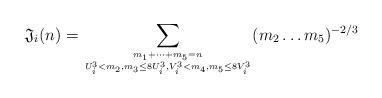
LaTeX: \begin{align*}\mathfrak{J}_{i}(n)=\sum\limits_{m_{1}+\cdots+m_{5}=n\atop U_{i}^{3}<m_{2},m_{3}\leq 8U_{i}^{3},V_{i}^{3}<m_{4},m_{5}\leq 8V_{i}^{3}}(m_{2}\ldots m_{5})^{-2/3}\end{align*}